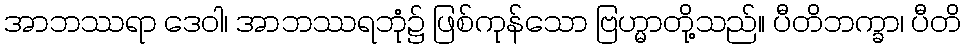
အာဘဿရာ ဒေဝါ၊ အာဘဿရဘုံ၌ ဖြစ်ကုန်သော ဗြဟ္မာတို့သည်။ ပီတိဘက္ခာ၊ ပီတိ